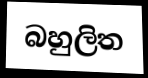
බහුලිත